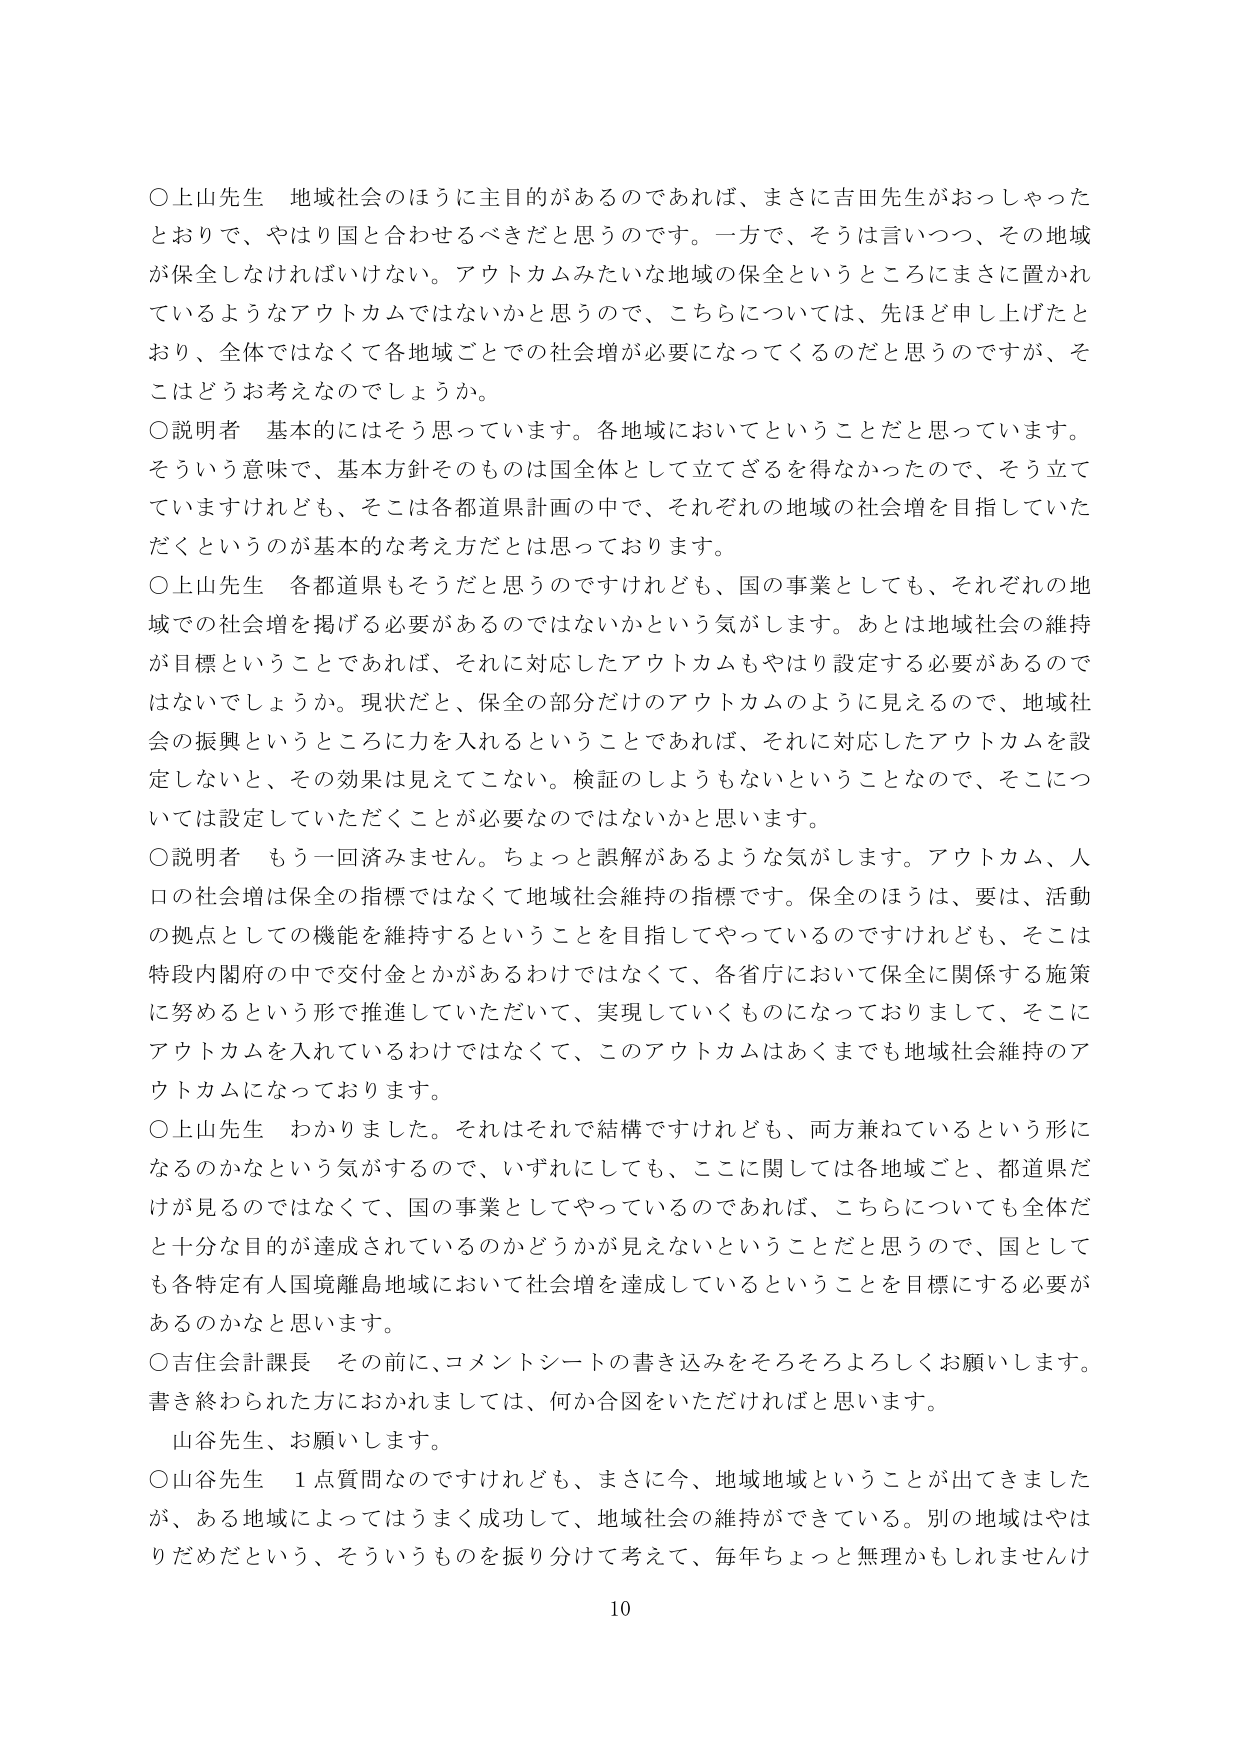
○上山先生 地域社会のほうに主目的があるのであれば、まさに吉田先生がおっしゃったとおりで、やはり国と合わせるべきだと思うのです。一方で、そうは言いつつ、その地域が保全しなければいけない。アウトカムみたいな地域の保全というところにまさに置かれているようなアウトカムではないかと思うので、こちらについては、先ほど申し上げたとおり、全体ではなくて各地域ごとでの社会増が必要になってくるのだと思うのですが、そこはどうお考えなのでしょうか。

○説明者 基本的にはそう思っています。各地域においてということだと思います。そういう意味で、基本方針そのものは国全体として立てざるを得なかったので、そう立てていますけれども、そこは各都道県計画の中で、それぞれの地域の社会増を目指していただくというのが基本的な考え方だとは思っております。

○上山先生 各都道県もそうだと思うのですけれども、国の事業としても、それぞれの地域での社会増を掲げる必要があるのではないかという気がします。あとは地域社会の維持が目標ということであれば、それに対応したアウトカムもやはり設定する必要があるのではないでしょうか。現状だと、保全の部分だけのアウトカムのように見えるので、地域社会の振興というところに力を入れるということであれば、それに対応したアウトカムを設定しないと、その効果は見えてこない。検証のしようもないということなので、そこについては設定していただくことが必要なのではないかと思います。

○説明者 もう一回済みません。ちょっと誤解があるような気がします。アウトカム、人口の社会増は保全の指標ではなくて地域社会維持の指標です。保全のほうは、要は、活動の拠点としての機能を維持することを目指してやっているのですけれども、そこは特段内閣府の中で交付金とかがあるわけではなくて、各省庁において保全に関係する施策に努めるという形で推進していただいて、実現していくものになっておりまして、そこにアウトカムを入れているわけではなくて、このアウトカムはあくまでも地域社会維持のアウトカムになっております。

○上山先生 わかりました。それはそれで結構ですけれども、両方兼ねているという形になるのかなという気がするので、いずれにしても、ここに関しては各地域ごと、都道県だけが見るのではなくて、国の事業としてやっているのであれば、こちらについても全体だと十分な目的が達成されているのかどうかが見えないということだと思うので、国としても各特定有人国境離島地域において社会増を達成しているということを目標にする必要があるのかなと思います。

○吉住会計課長 その前に、コメントシートの書き込みをそろそろよろしくお願いします。書き終わられた方におかれましては、何か合図をいただければと思います。

山谷先生、お願いします。

○山谷先生 1点質問なのですが、まさに今、地域地域ということが出てきましたが、ある地域によってはうまく成功して、地域社会の維持ができている。別の地域はやはりだめだという、そういうものを振り分けて考えて、毎年ちょっと無理かもしれませんけ

10